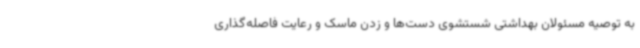
به توصیه مسئولان بهداشتی شستشوی دست‌ها و زدن ماسک و رعایت فاصله‌گذاری